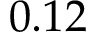
0 . 1 2